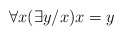
\begin{align*}\forall x(\exists y/x) x = y\end{align*}